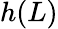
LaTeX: h(L)